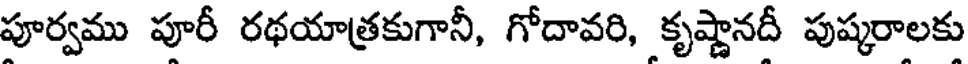
పూర్వము పూరీ రథయాత్రకుగానీ, గోదావరి, కృష్ణానదీ పుష్కరాలకు